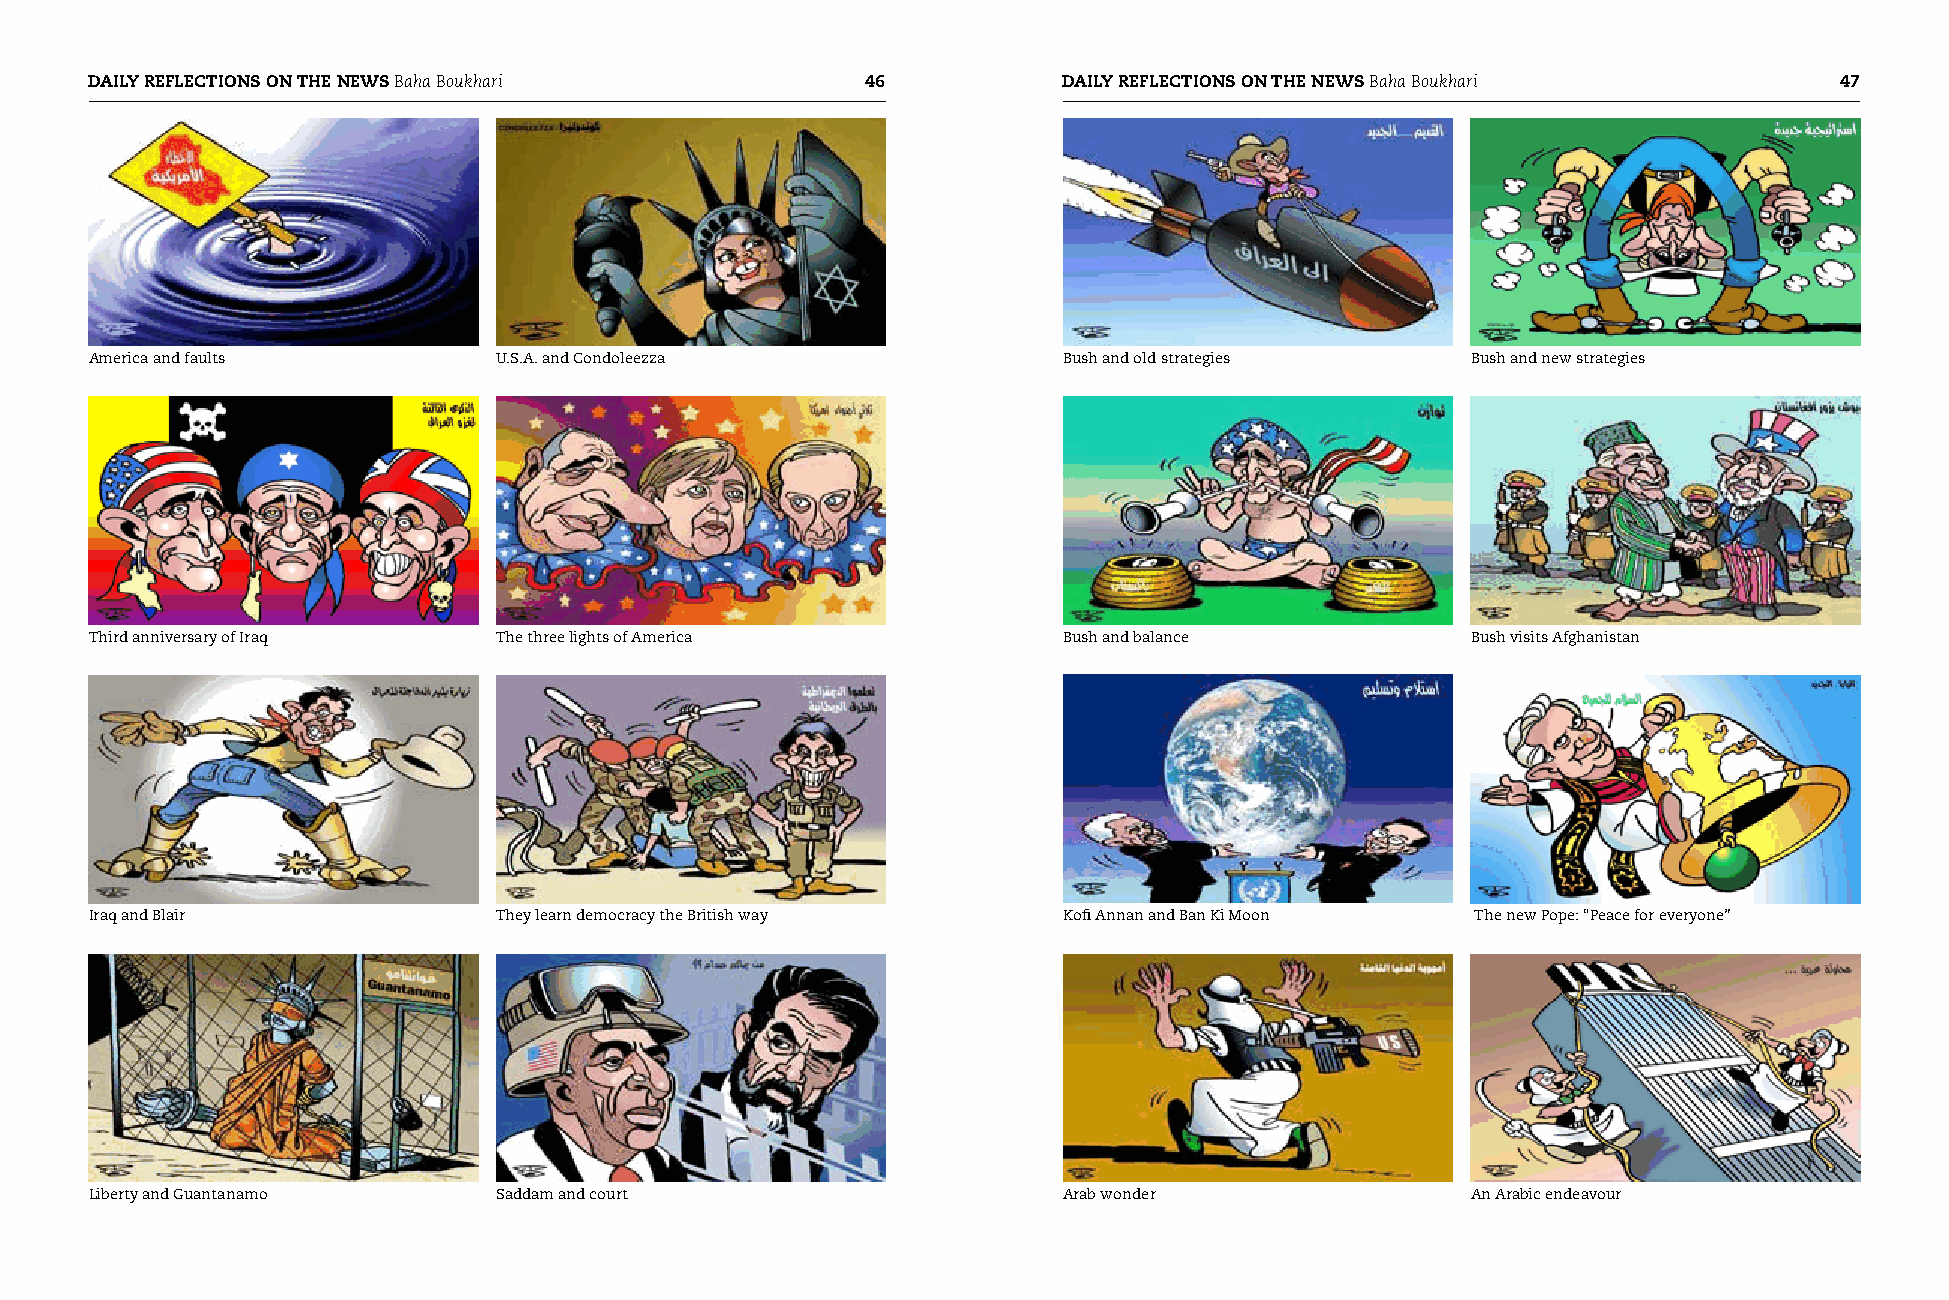
DAILY REFLECTIONS ON THE NEWS Baha Boukhari                   DAILY REFLECTIONS ON THE NEWS Baha Boukhari         7
 America and faults         U.S.A. and Condoleezza               Bush and old strategies    Bush and new strategies
 Third anniversary of Iraq  The three lights of America          Bush and balance           Bush visits Afghanistan
 Iraq and Blair             They learn democracy the British way Kofi Annan and Ban Ki Moon  The new Pope: “Peace for everyone”
 Liberty and Guantanamo     Saddam and court                     Arab wonder                An Arabic endeavour